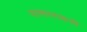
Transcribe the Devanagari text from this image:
पास्तरनाकची